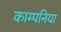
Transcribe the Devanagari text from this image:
काम्पनिया